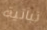
نباتية